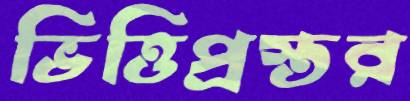
ভিত্তিপ্রস্তর